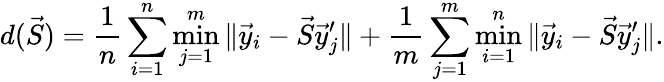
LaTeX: d(\vec{S})=\frac 1n\sum_{i=1}^{n}\operatorname*{min}_{j=1}^{m}\, \lVert\vec{y}_{i}-\vec{S}\vec{y}_{j}^{\prime}\rVert+\frac 1m\sum_{j=1}^{m}\operatorname*{min}_{i=1}^{n}\, \lVert\vec{y}_{i}-\vec{S}\vec{y}_{j}^{\prime}\rVert.